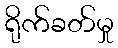
ရိုက်ခတ်မှု